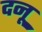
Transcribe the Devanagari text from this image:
दनू